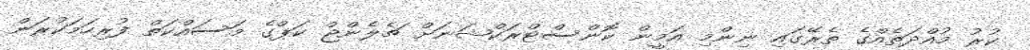
ކުރު މުއްދަތެއްގެ ތެރޭގައި ނިންމި އަމީން ކޮންސްޓްރަކްޝަނަށް ޗެލެންޖް ކަޕްގެ މަސައްކަތް ފުރިހަމަކުރަން